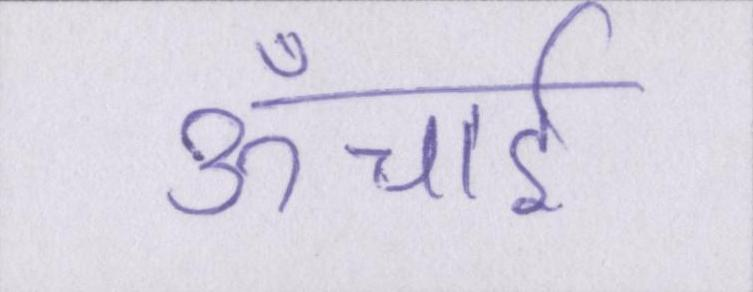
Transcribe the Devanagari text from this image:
ऊँचाई